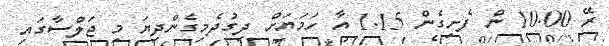
ރޭ 10.00 ން ފެށިގެން 1.15 އާ ހަމަޔަށް ދިގުދެމިގެންދިޔަ މި ޖަލްސާގައި